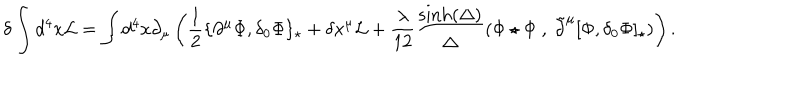
\delta \int d ^ { 4 } x \mathcal { L } = \int d ^ { 4 } x \partial _ { \mu } \left( \frac 1 2 \{ \partial ^ { \mu } \Phi , \delta _ { 0 } \Phi \} _ { \star } + \delta x ^ { \mu } \mathcal { L } + \frac { \lambda } { 1 2 } \frac { \sinh ( \Delta ) } { \Delta } ( \Phi \star \Phi ~ , ~ \tilde { \partial } ^ { \mu } [ \Phi , \delta _ { 0 } \Phi ] _ { \star } ) \right) .